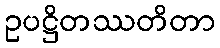
ဥပဋ္ဌိတဿတိတာ